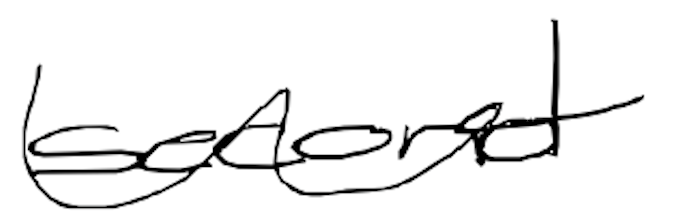
Text: second
Cross-out: wave
Writing tool: digital_black